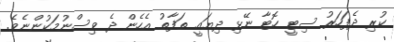
ކުރި ދެފަހަރު ސިޓީ ހޮޓާ ނޭޅި ދިޔައީ ތަފާތު އެހެން ދެ ވިސްނުމަކުންނެވެ.